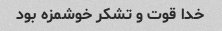
خدا قوت و تشکر خوشمزه بود